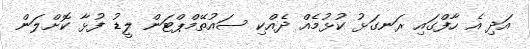
އަދި އެ ހާފްގައި ރަނގަޅު ކުޅުމެއް ދެއްކި ސައުތޭމްޕްޓަން ލީޑު ފުޅާ ކޮށްލަން